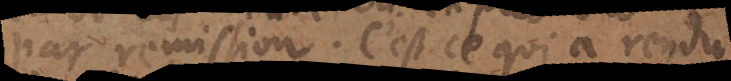
par remission. C’est ce qui a rendu